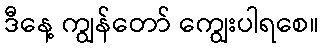
ဒီနေ့ ကျွန်တော် ကျွေးပါရစေ။